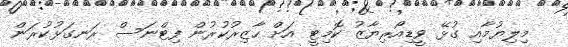
މިލިޔުމާއި ގުޅޭ ވީޑިއޯރިޔާޒު ކޮމިޓީ އަށް ހާޒިރުކުރުން ފިޓްނަސް ރަނގަޅުކުރަން